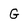
Character: G